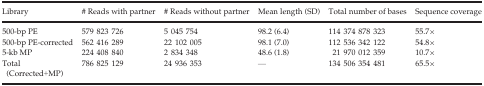
<table><thead><tr><td><b>Library</b></td><td><b># Reads with partner</b></td><td><b># Reads without partner</b></td><td><b>Mean length (SD)</b></td><td><b>Total number of bases</b></td><td><b>Sequence coverage</b></td></tr></thead><tbody><tr><td>500‐bp PE</td><td>579 823 726</td><td>5 045 754</td><td>98.2 (6.4)</td><td>114 374 878 323</td><td>55.7×</td></tr><tr><td>500‐bp PE‐corrected</td><td>562 416 289</td><td>22 102 005</td><td>98.1 (7.0)</td><td>112 536 342 122</td><td>54.8×</td></tr><tr><td>5‐kb MP</td><td>224 408 840</td><td>2 834 348</td><td>48.6 (1.8)</td><td>21 970 012 359</td><td>10.7×</td></tr><tr><td>Total (Corrected+MP)</td><td>786 825 129</td><td>24 936 353</td><td>—</td><td>134 506 354 481</td><td>65.5×</td></tr></tbody></table>